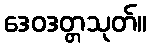
ဒေဝဒတ္တသုတ်။